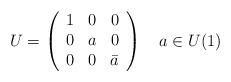
LaTeX: \begin{align*}U = \left( \begin{array}{ccc} 1 & 0 & 0 \\ 0 & a & 0 \\ 0 & 0 & \bar{a} \end{array} \right) \quad a \in U(1)\end{align*}